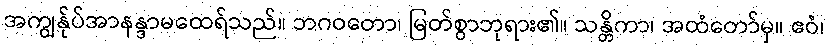
အကျွန်ုပ်အာနန္ဒာမထေရ်သည်။ ဘဂဝတော၊ မြတ်စွာဘုရား၏။ သန္တိကာ၊ အထံတော်မှ။ ဧဝံ၊